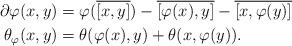
LaTeX: \begin{align*}\partial\varphi(x,y)&=\varphi(\overline{[x,y]})-\overline{[\varphi(x), y]}-\overline{[x,\varphi(y)]}\\ \theta_\varphi(x,y)&=\theta(\varphi(x),y)+\theta(x,\varphi(y)).\end{align*}